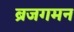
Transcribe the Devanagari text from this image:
ब्रजगमन